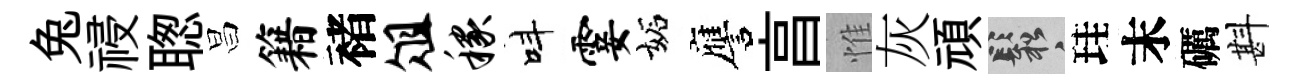
兔祲聦昌籍褚俎稼呌霎妬譍亯惟灰頑鬆珪末礪斟